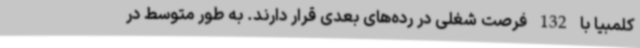
کلمبیا با 132 فرصت شغلی در رده‌های بعدی قرار دارند. به طور متوسط در